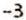
-3